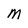
Character: M